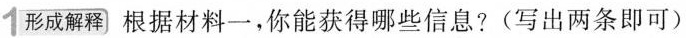
1形成解释 根据材料一，你能获得哪些信息?(写出两条即可)